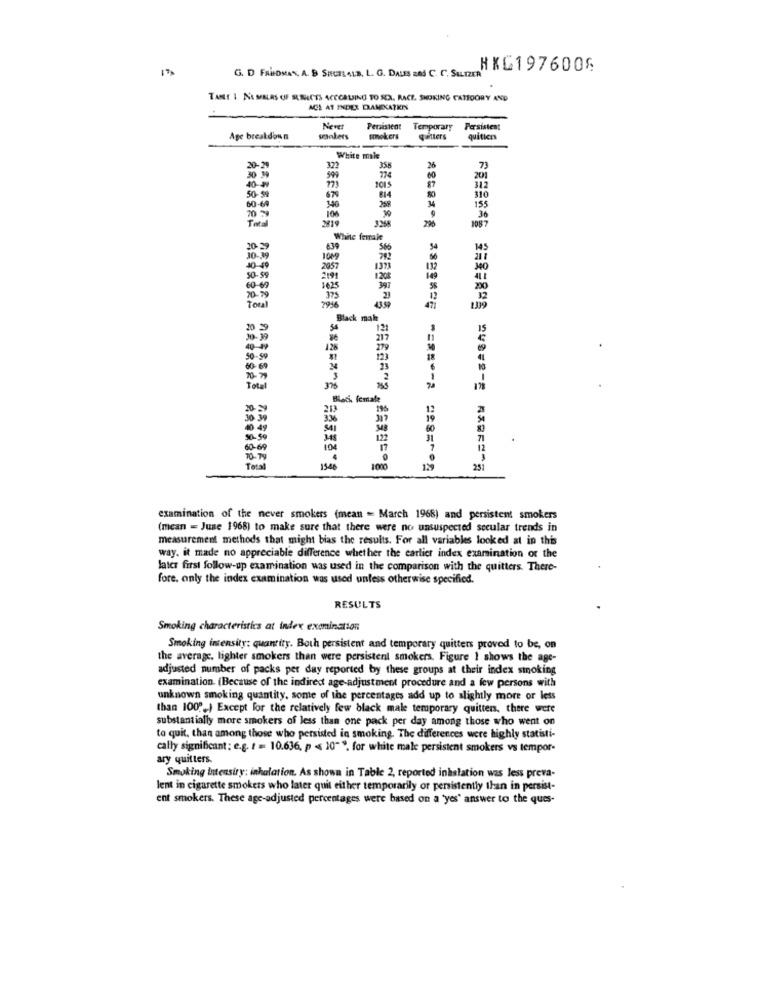
G. D FRIEDMAN, A. B SICELALE. L. G. DALES ERS C. C. SALIZER
HKG1976006
TANT I NL MALRS OF SURACTS ACCORDING TO SCAN. RACE, SMOKING CATOORY AND
ACE AT INDER DANKATKINS
Nevet
Persistent
Temporary
Persistent
Age breakdown
smokers
smokers
quitters
quitices
White male
20-29
322
358
73
999
174
201
40-49
101
87
312
50-99
814
310
60-69
340
258
30
34
155
70 %
296
36
Total
1087
White feirale
20-39
54
30-39
1009
40-49
0-59
2057
1373
432
2001
375
1.09
Black male
121
217
128
23
Tot
Black female
20
196
10 49
0.50
34
122
60-69
104
70-79
Total
1548
1000
=====-= = 285702
253
examination of the never smokers (mean = March 1968) and persistent smokers
(mean = June 1968) to make sure that there were no unsuspected secular trends in
measurement methods that might bias the results. For all variables looked at in this
way. it made no appreciable difference whether the earlier index examination of the
later first follow-up examination was used in the comparison with the quitters. There-
fore, only the index examination was used unless otherwise specified.
RESULTS
Smoking characteristics at index examination
Smoking intensity: quantity. Both persistent and temporary quitters proved to be, on
the average, lighter smokers than were persistent smokers. Figure 1 shows the age-
adjusted number of packs per day reported by these groups at their index smoking
examination. (Because of the indired age-adjustment procedure and a few persons with
unknown smoking quantity, some of the percentages add up to slightly more or less
than 100 ?. ) Except for the relatively few black male temporary quitter, there were
substantially more smokers of less than one pack per day among those who went on
to quit, than among those who persisted in smoking. The differences were highly statisti-
cally significant : e.g. r = 10.636, p < 10". for white male persistent smokers vs tempor-
ary quitters.
Smoking Intensity: inhalation. As shown in Table 2, reported inhalation was less preva-
lent in cigarette smokers who later quit either temporarily or persistently than in persist-
ent smokers. These age-adjusted percentages were based on a 'yes' answer to the ques-